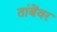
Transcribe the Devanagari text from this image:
तांबेंवर